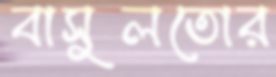
বাসুলতোর